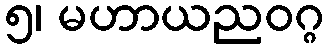
၅၊ မဟာယညဝဂ္ဂ